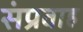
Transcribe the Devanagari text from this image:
संप्रवाह